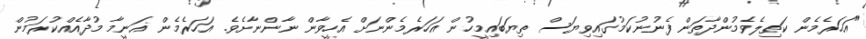
"އަހަރެމެން ކަތިލެވެމުންދާތަން ފެނުނުކަމުގައިވިޔަސް ތިޔަބައިމީހުން އަހަރެމެންނަށް އެހީވާން ނާންނާށެވެ. އަހަރެމެން ޣަނީމާ މުދާއެއްކުރަމުން